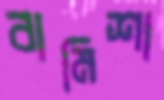
বামিশা